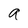
Character: a